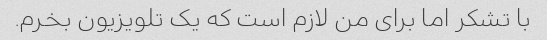
با تشکر اما برای من لازم است که یک تلویزیون بخرم.